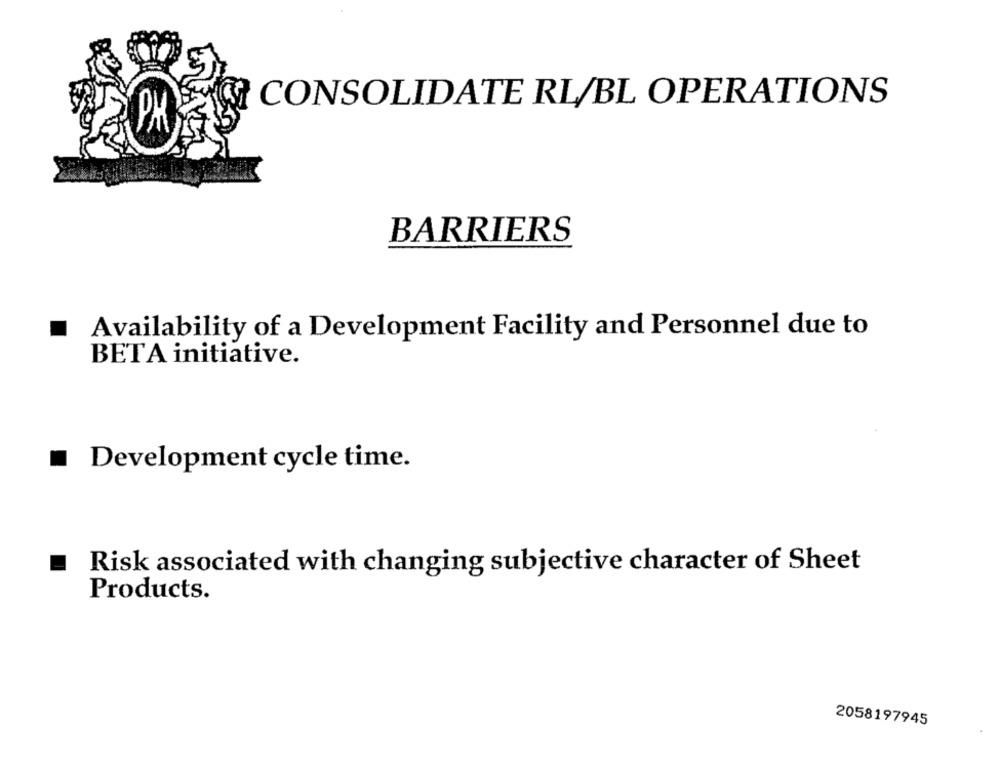
CONSOLIDATE RL/BL OPERATIONS
PK
BARRIERS
Availability of a Development Facility and Personnel due to
BETA initiative.
Development cycle time.
Risk associated with changing subjective character of Sheet
Products.
2058197945